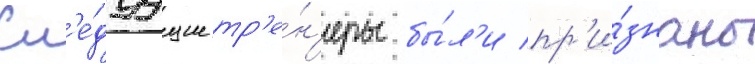
Сл'е́дуущие тр'е́н'еры бы́л'и пр'и́знаны